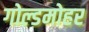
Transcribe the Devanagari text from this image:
गोल्डमोहर